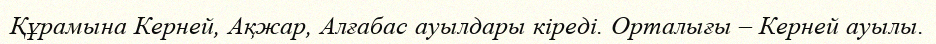
Құрамына Керней, Ақжар, Алғабас ауылдары кіреді. Орталығы – Керней ауылы.